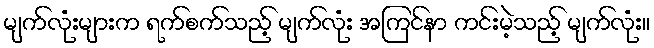
မျက်လုံးများက ရက်စက်သည့် မျက်လုံး အကြင်နာ ကင်းမဲ့သည့် မျက်လုံး။